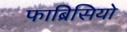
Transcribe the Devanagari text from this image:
फाब्रिसियो